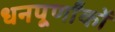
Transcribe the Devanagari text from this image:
धनपूर्णांकों